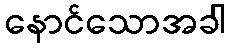
နောင်သောအခါ